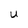
Character: U